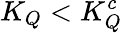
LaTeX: K_{Q}<K_{Q}^{c}